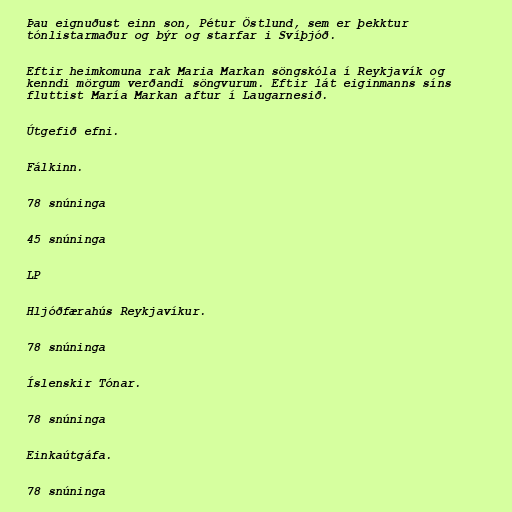
Þau eignuðust einn son, Pétur Östlund, sem er þekktur
tónlistarmaður og býr og starfar i Svíþjóð.

Eftir heimkomuna rak Maria Markan söngskóla í Reykjavík og
kenndi mörgum verðandi söngvurum. Eftir lát eiginmanns síns
fluttist María Markan aftur í Laugarnesið.

Útgefið efni.

Fálkinn.

78 snúninga

45 snúninga

LP

Hljóðfærahús Reykjavíkur.

78 snúninga

Íslenskir Tónar.

78 snúninga

Einkaútgáfa.

78 snúninga